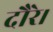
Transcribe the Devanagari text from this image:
दौरे।